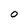
Character: O